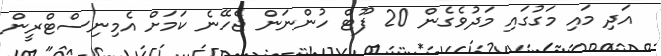
އަދި މައި މަގުގައި މަދުވެގެން 20 ފޫޓް ހުންނަން ޖެހޭނެ ކަމަށް އެމިނިސްޓްރީން